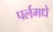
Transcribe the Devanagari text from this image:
पर्लमधे